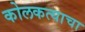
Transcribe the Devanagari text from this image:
कोलकत्याचा